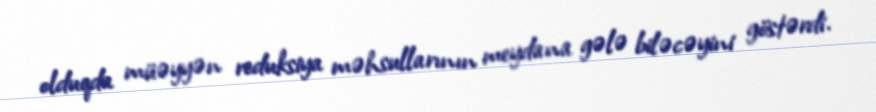
olduqda müəyyən reduksiya məhsullarının meydana gələ biləcəyini göstərdi.